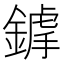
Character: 鎼